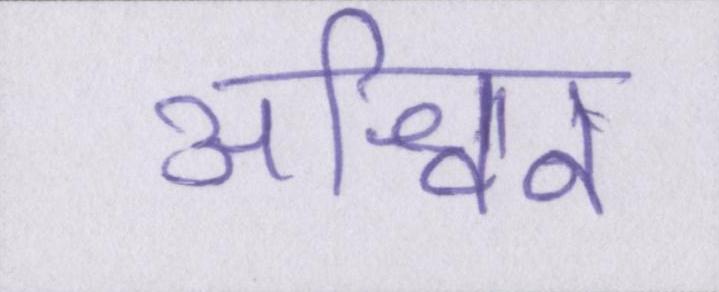
अश्विन